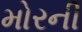
મોરની